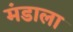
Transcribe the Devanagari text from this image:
मंडाला